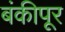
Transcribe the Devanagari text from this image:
बंकीपूर